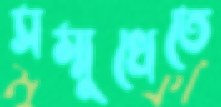
সম্মুখেতে